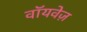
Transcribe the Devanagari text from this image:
वॉयवेज़